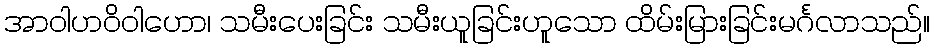
အာဝါဟဝိဝါဟော၊ သမီးပေးခြင်း သမီးယူခြင်းဟူသော ထိမ်းမြားခြင်းမင်္ဂလာသည်။